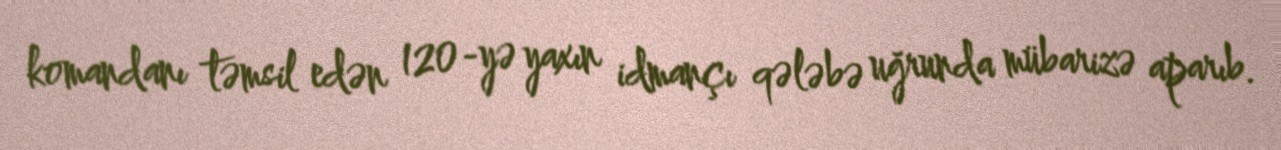
komandanı təmsil edən 120-yə yaxın idmançı qələbə uğrunda mübarizə aparıb.